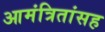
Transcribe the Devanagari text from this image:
आमंत्रितांसह